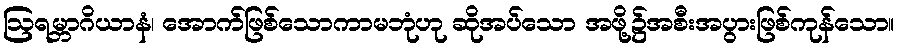
ဩရမ္ဘာဂိယာနံ၊ အောက်ဖြစ်သောကာမဘုံဟု ဆိုအပ်သော အဖို့၌အစီးအပွားဖြစ်ကုန်သော။